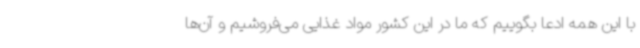
با این همه ادعا بگوییم که ما در این کشور مواد غذایی می‌فروشیم و آن‌ها